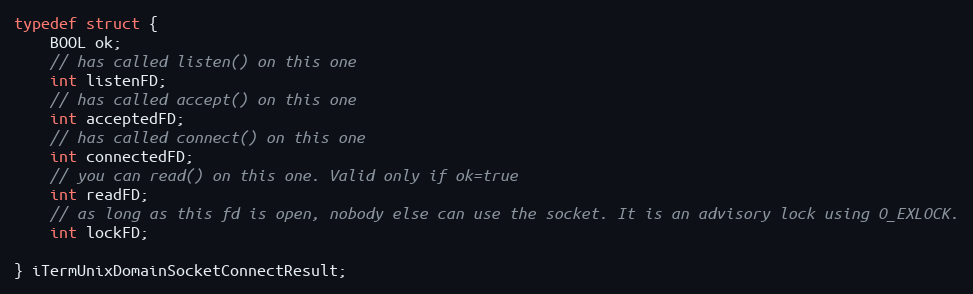
Language: C
typedef struct {
    BOOL ok;
    // has called listen() on this one
    int listenFD;
    // has called accept() on this one
    int acceptedFD;
    // has called connect() on this one
    int connectedFD;
    // you can read() on this one. Valid only if ok=true
    int readFD;
    // as long as this fd is open, nobody else can use the socket. It is an advisory lock using O_EXLOCK.
    int lockFD;

} iTermUnixDomainSocketConnectResult;